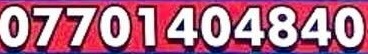
07701404840